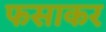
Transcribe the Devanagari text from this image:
फसाकर